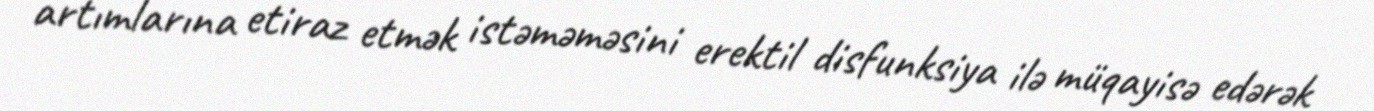
artımlarına etiraz etmək istəməməsini erektil disfunksiya ilə müqayisə edərək